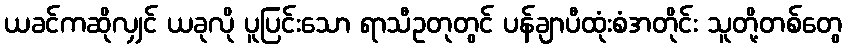
ယခင်ကဆိုလျှင် ယခုလို ပူပြင်းသော ရာသီဥတုတွင် ပန်ချာပီထုံးစံအတိုင်း သူတို့တစ်တွေ